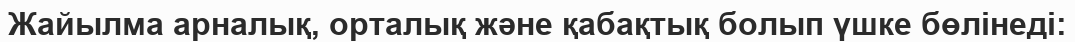
Жайылма арналық, орталық және қабақтық болып үшке бөлінеді: